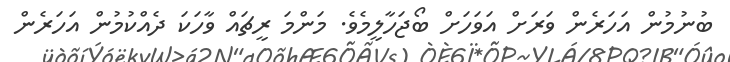
ބުނުމުން އަހަރެން ވަރަށް އަވަހަށް ބޯޖަހާލީމެވެ. މަންމަ ރީޗަަަަައް ވާހަކަ ދެއްކުމުން އަހަރެން